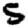
Digit: 5